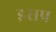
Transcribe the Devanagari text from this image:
इसप्र